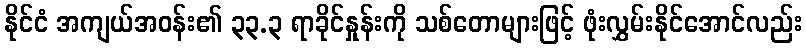
နိုင်ငံ အကျယ်အဝန်း၏ ၃၃.၃ ရာခိုင်နှုန်းကို သစ်တောများဖြင့် ဖုံးလွှမ်းနိုင်အောင်လည်း